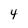
Character: 4